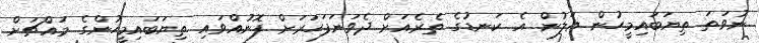
ނުވަތަ ތިޔަބައިމީހުން އަލުން އެ ކަނޑުގެ ތެރެއަށް ދެވަނަފަހަރަށް ފޮނުއްވައި ތިޔަބައިމީހުންގެ މައްޗަށް